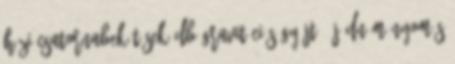
Házi csatornabekötések db Gravitációs gyűjtő új DN m Nyomás